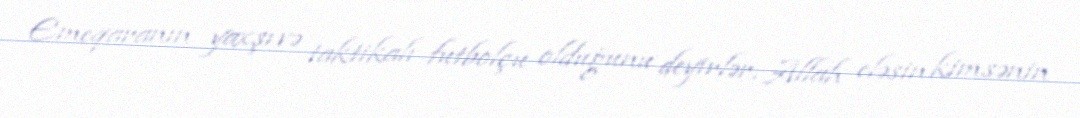
Emeqaranın yaxşı və taktikalı futbolçu olduğunu deyirlər, Allah eləsin kimsənin